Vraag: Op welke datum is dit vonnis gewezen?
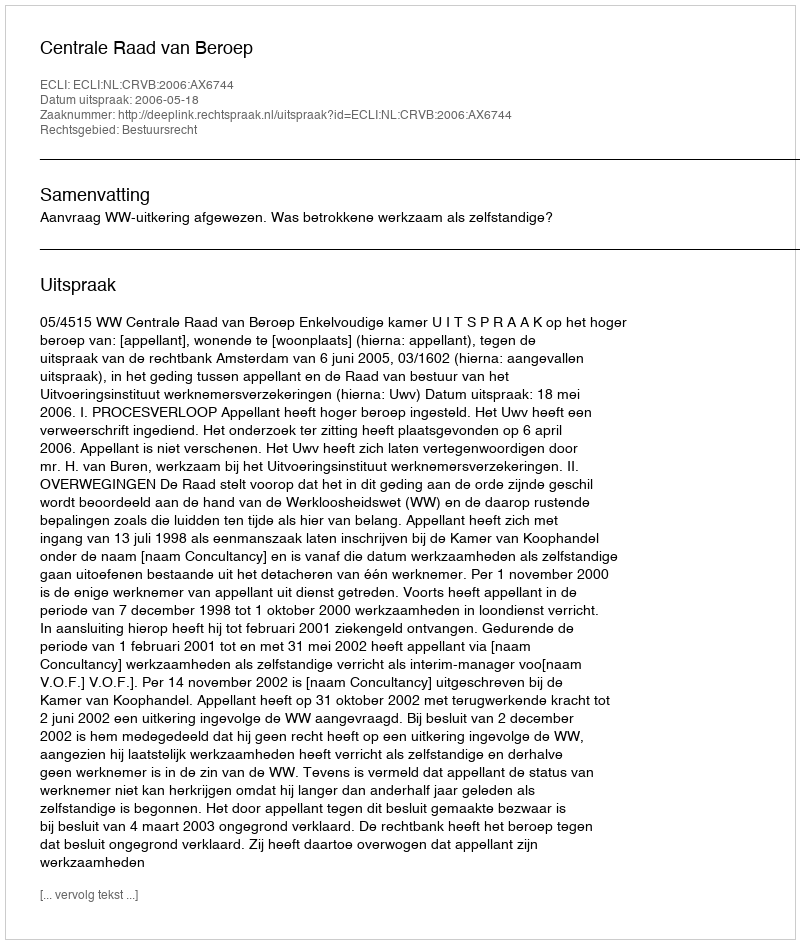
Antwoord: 2006-05-18